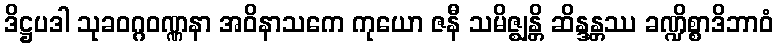
ဒိဋ္ဌပဒါ သုခဝဂ္ဂဝဏ္ဏနာ အဝိနာသကေ ကုယော ဇနီ သမိဇ္ဈန္တိ ဆိန္ဒန္တဿ ခဏ္ဍိစ္စာဒိဘာဝံ